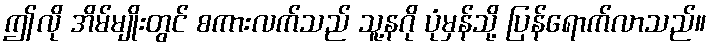
ဤလို အိမ်မျိုးတွင် စကားလက်သည် သူ့နဂို ပုံမှန်သို့ ပြန်ရောက်လာသည်။